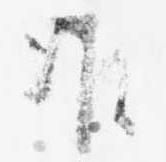
准